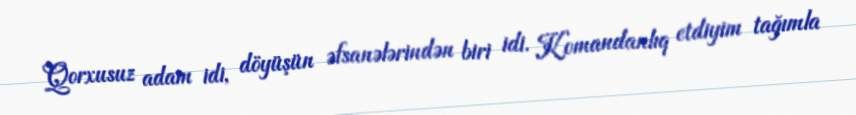
Qorxusuz adam idi, döyüşün əfsanələrindən biri idi. Komandanlıq etdiyim tağımla